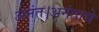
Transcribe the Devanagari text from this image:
अनंत।अनंताचे